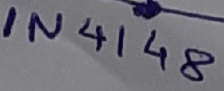
Text: IN4148